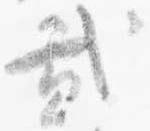
弐